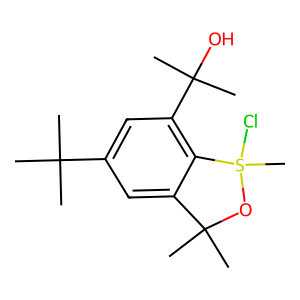
SMILES: CC(C)(C)c1cc(C(C)(C)O)c2c(c1)C(C)(C)OS2(C)Cl
Inhibits HIV replication: No